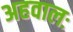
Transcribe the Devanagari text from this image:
अहवालः